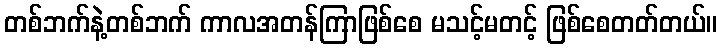
တစ်ဘက်နဲ့တစ်ဘက် ကာလအတန်ကြာဖြစ်စေ မသင့်မတင့် ဖြစ်စေတတ်တယ်။